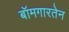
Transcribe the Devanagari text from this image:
बॉमगारतेन